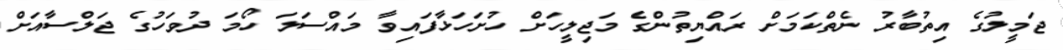
ޖަމީލުގެ އިތުބާރު ނެތްކަމަށް ރައްޔިތުންގެ މަޖިލީހަށް ހުށަހަޅާފައިވާ މައްސަލަ ހޯމަ ދުވަހުގެ ޖަލްސާއަށް